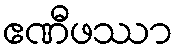
ဧဏီဖဿာ